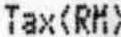
TAX(RM)